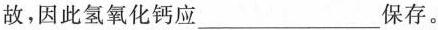
故，因此氢氧化钙应___保存。